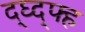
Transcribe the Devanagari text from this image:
द्घ्द्फ्ह